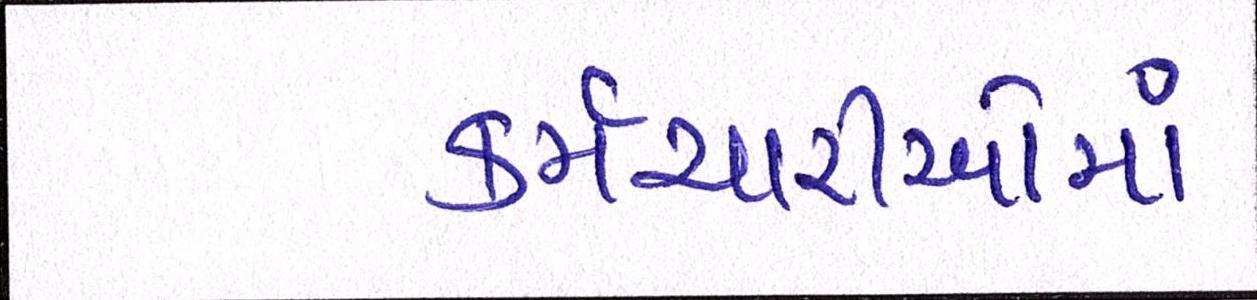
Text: કર્મચારીઓમાં